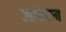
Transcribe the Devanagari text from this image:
जांस्टन